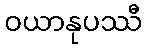
ဝယာနုပဿီ